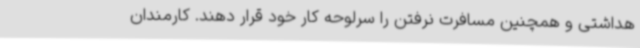
هداشتی و همچنین مسافرت نرفتن را سرلوحه کار خود قرار دهند. کارمندان